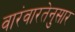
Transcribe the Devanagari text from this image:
वारंवारतेनुसार